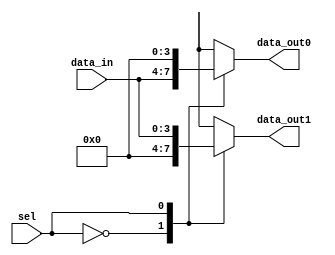
module demux1to2
#(
	parameter WIDTH		= 4
	
)
(
	input		[WIDTH-1:0]	data_in,
	input					sel,
	output reg	[WIDTH-1:0]	data_out0,
	output reg	[WIDTH-1:0]	data_out1
);

always@(*)
	case(sel)
		1'b0: begin
			data_out0 = data_in;
			data_out1 = 0;
		end
		1'b1: begin
			data_out0 = 0;
			data_out1 = data_in;
		end
		default: begin
			data_out0 = 0;
			data_out1 = 0;
		end
	endcase
endmodule